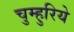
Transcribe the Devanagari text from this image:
चुम्हुरिये